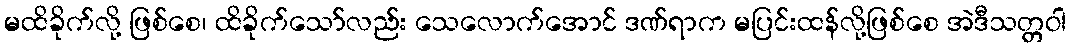
မထိခိုက်လို့ ဖြစ်စေ၊ ထိခိုက်သော်လည်း သေလောက်အောင် ဒဏ်ရာက မပြင်းထန်လို့ဖြစ်စေ အဲဒီသတ္တဝါ